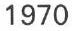
1970